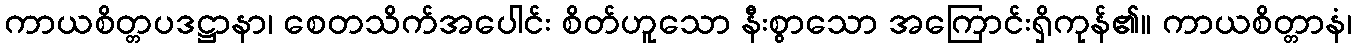
ကာယစိတ္တပဒဋ္ဌာနာ၊ စေတသိက်အပေါင်း စိတ်ဟူသော နီးစွာသော အကြောင်းရှိကုန်၏။ ကာယစိတ္တာနံ၊